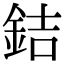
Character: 銡